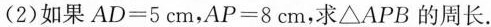
(2)如果$$AD=5cm$$，$$AP=8cm$$，求\triangleAPB的周长。